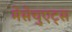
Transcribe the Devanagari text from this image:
मेसेचुएट्स